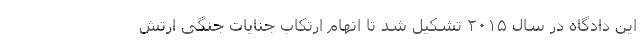
این دادگاه در سال ۲۰۱۵ تشکیل شد تا اتهام ارتکاب جنایات جنگی ارتش